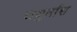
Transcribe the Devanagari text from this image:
चथुर्तांश